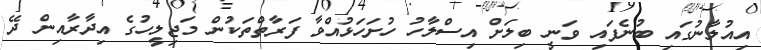
އިއުލާނުގައި ބުނެފައި ވަނީ ބިލަށް އިސްލާހު ހުށަހަޅުއްވާ ފަރާތްތަކުން މަޖިލީހުގެ އިދާރާއިން ދޭ